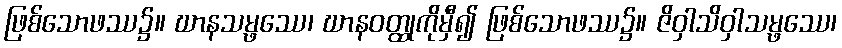
ဖြစ်သောဖဿ၌။ ဃာနသမ္ဖဿေ၊ ဃာနဝတ္ထုကိုမှီ၍ ဖြစ်သောဖဿ၌။ ဇိဝှါသိဝှါသမ္ဖဿေ၊